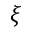
\xi